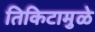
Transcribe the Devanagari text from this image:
तिकिटामुळे